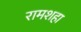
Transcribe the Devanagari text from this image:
रामशहा